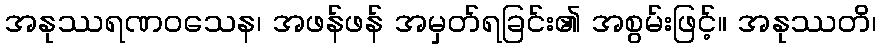
အနုဿရဏဝသေန၊ အဖန်ဖန် အမှတ်ရခြင်း၏ အစွမ်းဖြင့်။ အနုဿတိ၊